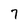
Character: 7